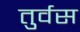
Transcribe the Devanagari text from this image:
तुर्वस